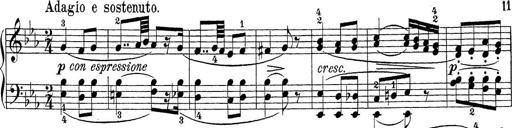
Title: Sonatina Album
Composer: Louis KÃ¶hler